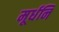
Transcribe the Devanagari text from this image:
मूर्धनि